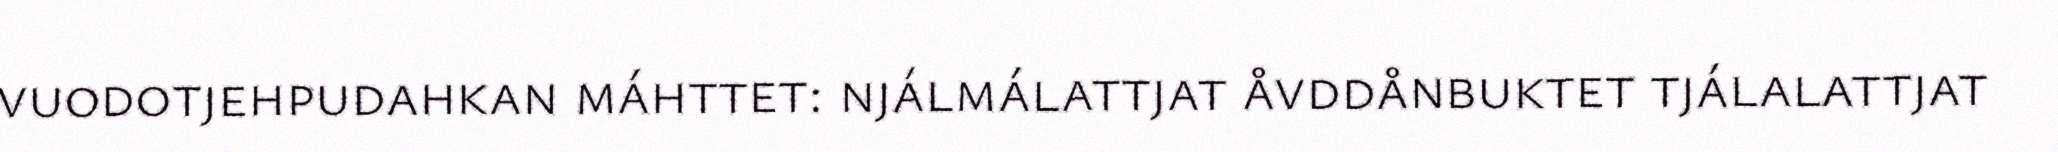
vuodotjehpudahkan máhttet: njálmálattjat åvddånbuktet tjálalattjat